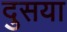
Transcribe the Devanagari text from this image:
दुसया